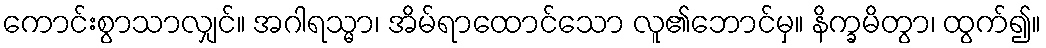
ကောင်းစွာသာလျှင်။ အဂါရသ္မာ၊ အိမ်ရာထောင်သော လူ၏ဘောင်မှ။ နိက္ခမိတွာ၊ ထွက်၍။